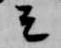
云